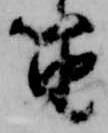
笛